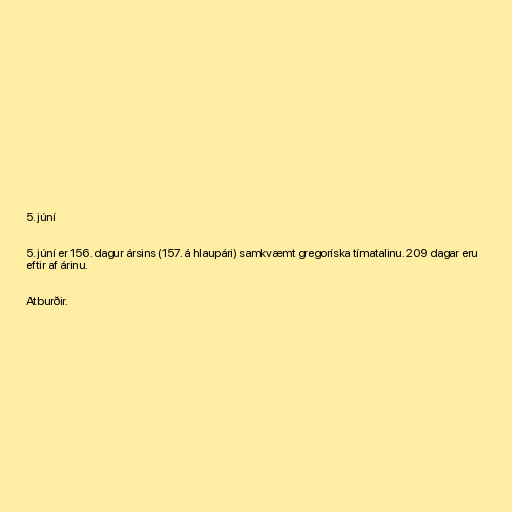
5. júní

5. júní er 156. dagur ársins (157. á hlaupári) samkvæmt gregoríska tímatalinu. 209 dagar eru
eftir af árinu.

Atburðir.